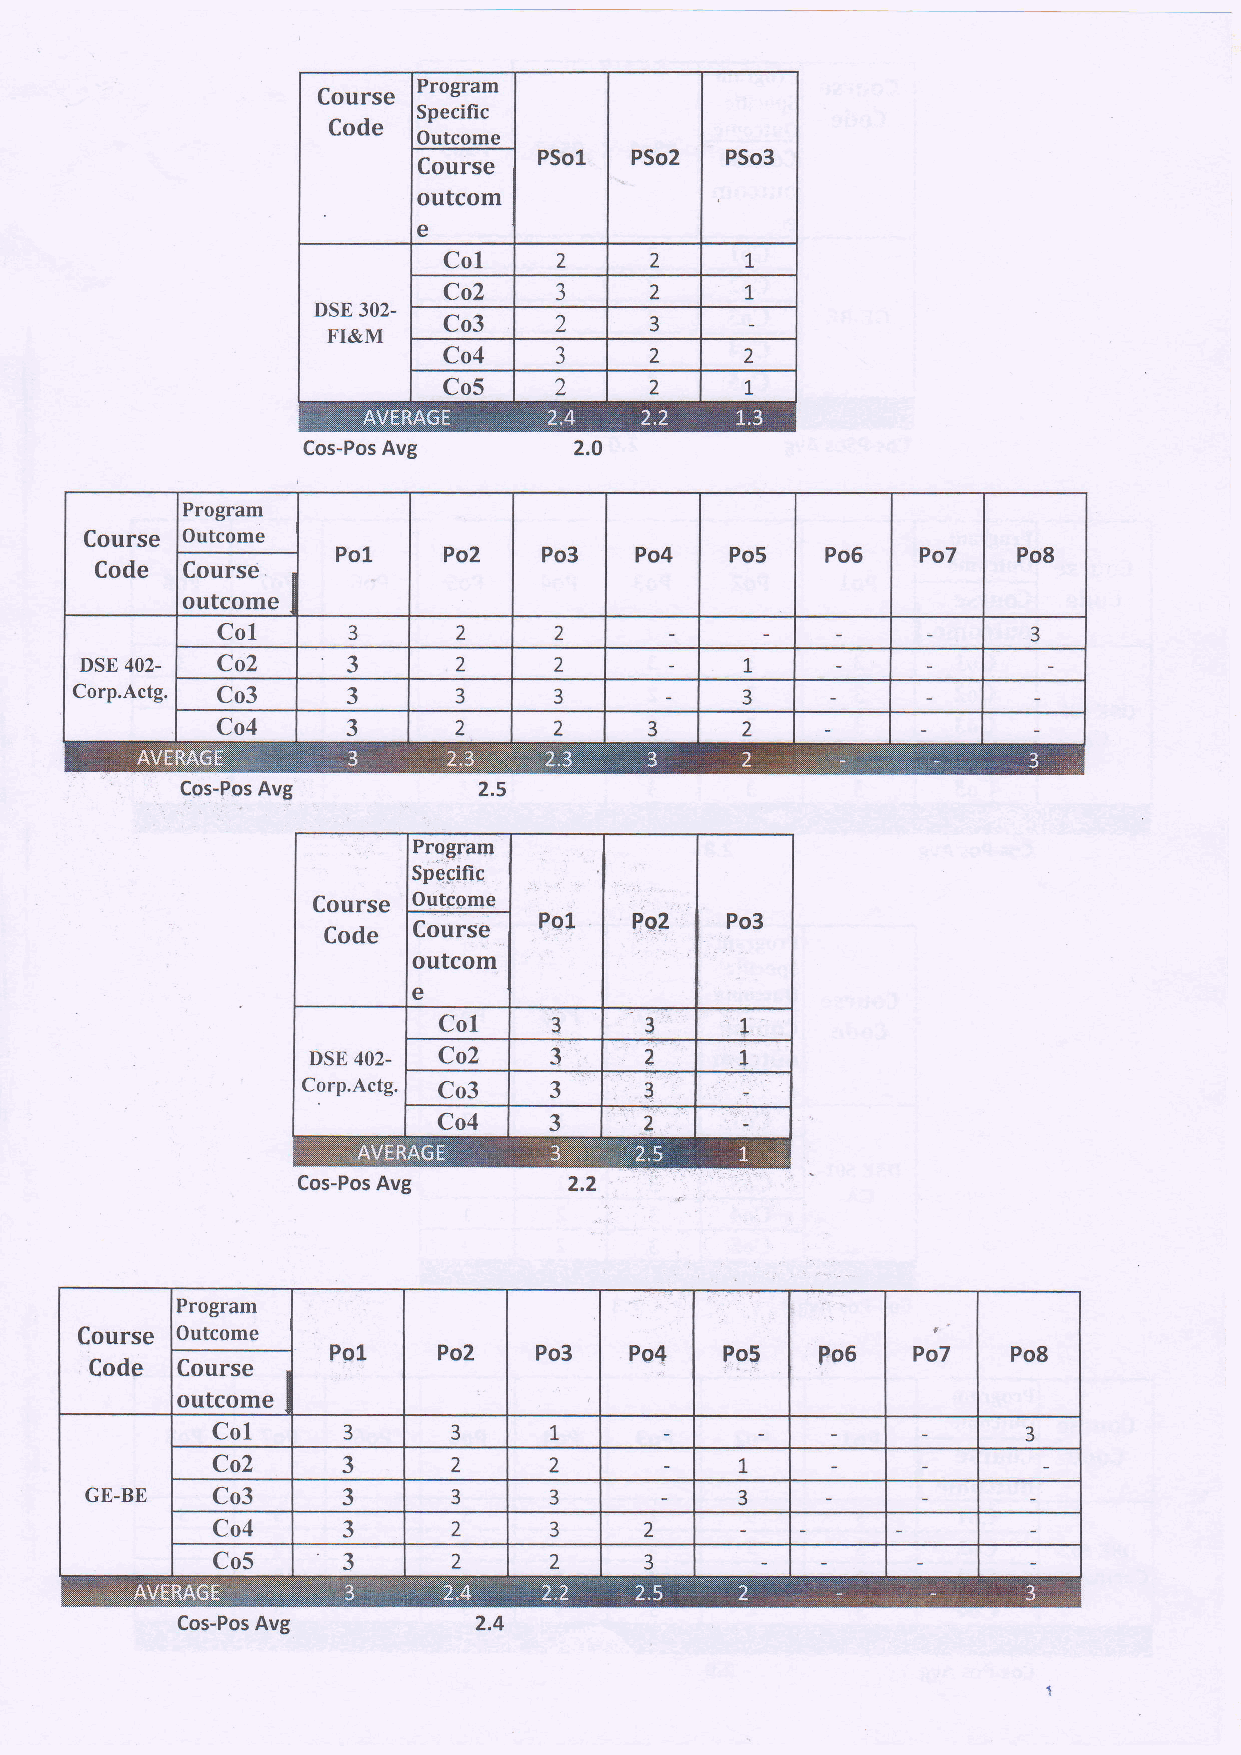
Course
 outcom
 e
 Program
 Course Outcome
 Po1    Po2    Po3   Po4   Po5    Po6   Po7   Po8
 Code  Course.
 outcome
 Col      3      2      z                              3
 DSE 402- Co2      3      2      2           L
 Corp.Actg. Co3    3      3      3           3
 Co4      3      2      2     3     2
 Program
 Course Outcome
 Ppl    Po2   Po3    Po4   Po5   Poe   Po7    Po8
 Code  Course                              :'',-i
 outcome
 Col                   t
 3      3                                     3
 Co2      3      2     2            L
 GE-BE   Co3      3      3     3            3
 Co4      Ja     2     3      2
 Co5      J      2     2      3
 Cos-Pos Avg         2.4